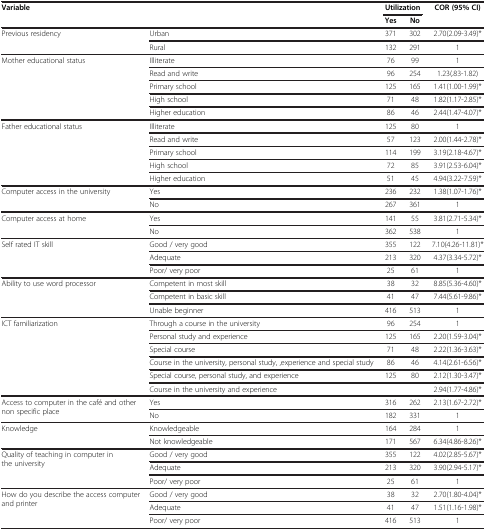
<table><thead><tr><td rowspan="2"><b>Variable</b></td><td rowspan="2"><b> </b></td><td colspan="2"><b>Utilization</b></td><td rowspan="2"><b>COR (95% CI)</b></td></tr><tr><td><b>Yes</b></td><td><b>No</b></td></tr></thead><tbody><tr><td rowspan="2">Previous residency</td><td>Urban</td><td>371</td><td>302</td><td>2.70(2.09-3.49)*</td></tr><tr><td>Rural</td><td>132</td><td>291</td><td>1</td></tr><tr><td rowspan="5">Mother educational status</td><td>Illiterate</td><td>76</td><td>99</td><td>1</td></tr><tr><td>Read and write</td><td>96</td><td>254</td><td>1.23(.83-1.82)</td></tr><tr><td>Primary school</td><td>125</td><td>165</td><td>1.41(1.00-1.99)*</td></tr><tr><td>High school</td><td>71</td><td>48</td><td>1.82(1.17-2.85)*</td></tr><tr><td>Higher education</td><td>86</td><td>46</td><td>2.44(1.47-4.07)*</td></tr><tr><td rowspan="5">Father educational status</td><td>Illiterate</td><td>125</td><td>80</td><td>1</td></tr><tr><td>Read and write</td><td>57</td><td>123</td><td>2.00(1.44-2.78)*</td></tr><tr><td>Primary school</td><td>114</td><td>199</td><td>3.19(2.18-4.67)*</td></tr><tr><td>High school</td><td>72</td><td>85</td><td>3.91(2.53-6.04)*</td></tr><tr><td>Higher education</td><td>51</td><td>45</td><td>4.94(3.22-7.59)*</td></tr><tr><td rowspan="2">Computer access in the university</td><td>Yes</td><td>236</td><td>232</td><td>1.38(1.07-1.76)*</td></tr><tr><td>No</td><td>267</td><td>361</td><td>1</td></tr><tr><td rowspan="2">Computer access at home</td><td>Yes</td><td>141</td><td>55</td><td>3.81(2.71-5.34)*</td></tr><tr><td>No</td><td>362</td><td>538</td><td>1</td></tr><tr><td rowspan="3">Self rated IT skill</td><td>Good / very good</td><td>355</td><td>122</td><td>7.10(4.26-11.81)*</td></tr><tr><td>Adequate</td><td>213</td><td>320</td><td>4.37(3.34-5.72)*</td></tr><tr><td>Poor/ very poor</td><td>25</td><td>61</td><td>1</td></tr><tr><td rowspan="3">Ability to use word processor</td><td>Competent in most skill</td><td>38</td><td>32</td><td>8.85(5.36-4.60)*</td></tr><tr><td>Competent in basic skill</td><td>41</td><td>47</td><td>7.44(5.61-9.86)*</td></tr><tr><td>Unable beginner</td><td>416</td><td>513</td><td>1</td></tr><tr><td rowspan="6">ICT familiarization</td><td>Through a course in the university</td><td>96</td><td>254</td><td>1</td></tr><tr><td>Personal study and experience</td><td>125</td><td>165</td><td>2.20(1.59-3.04)*</td></tr><tr><td>Special course</td><td>71</td><td>48</td><td>2.22(1.36-3.63)*</td></tr><tr><td>Course in the university, personal study, ,experience and special study</td><td>86</td><td>46</td><td>4.14(2.61-6.56)*</td></tr><tr><td>Special course, personal study, and experience</td><td>125</td><td>80</td><td>2.12(1.30-3.47)*</td></tr><tr><td>Course in the university and experience</td><td> </td><td> </td><td>2.94(1.77-4.86)*</td></tr><tr><td rowspan="2">Access to computer in the café and other non specific place</td><td>Yes</td><td>316</td><td>262</td><td>2.13(1.67-2.72)*</td></tr><tr><td>No</td><td>182</td><td>331</td><td>1</td></tr><tr><td rowspan="2">Knowledge</td><td>Knowledgeable</td><td>164</td><td>284</td><td>1</td></tr><tr><td>Not knowledgeable</td><td>171</td><td>567</td><td>6.34(4.86-8.26)*</td></tr><tr><td rowspan="3">Quality of teaching in computer in the university</td><td>Good / very good</td><td>355</td><td>122</td><td>4.02(2.85-5.67)*</td></tr><tr><td>Adequate</td><td>213</td><td>320</td><td>3.90(2.94-5.17)*</td></tr><tr><td>Poor/ very poor</td><td>25</td><td>61</td><td>1</td></tr><tr><td rowspan="3">How do you describe the access computer and printer</td><td>Good / very good</td><td>38</td><td>32</td><td>2.70(1.80-4.04)*</td></tr><tr><td>Adequate</td><td>41</td><td>47</td><td>1.51(1.16-1.98)*</td></tr><tr><td>Poor/ very poor</td><td>416</td><td>513</td><td>1</td></tr></tbody></table>